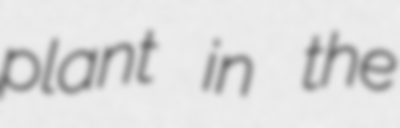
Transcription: plant in the